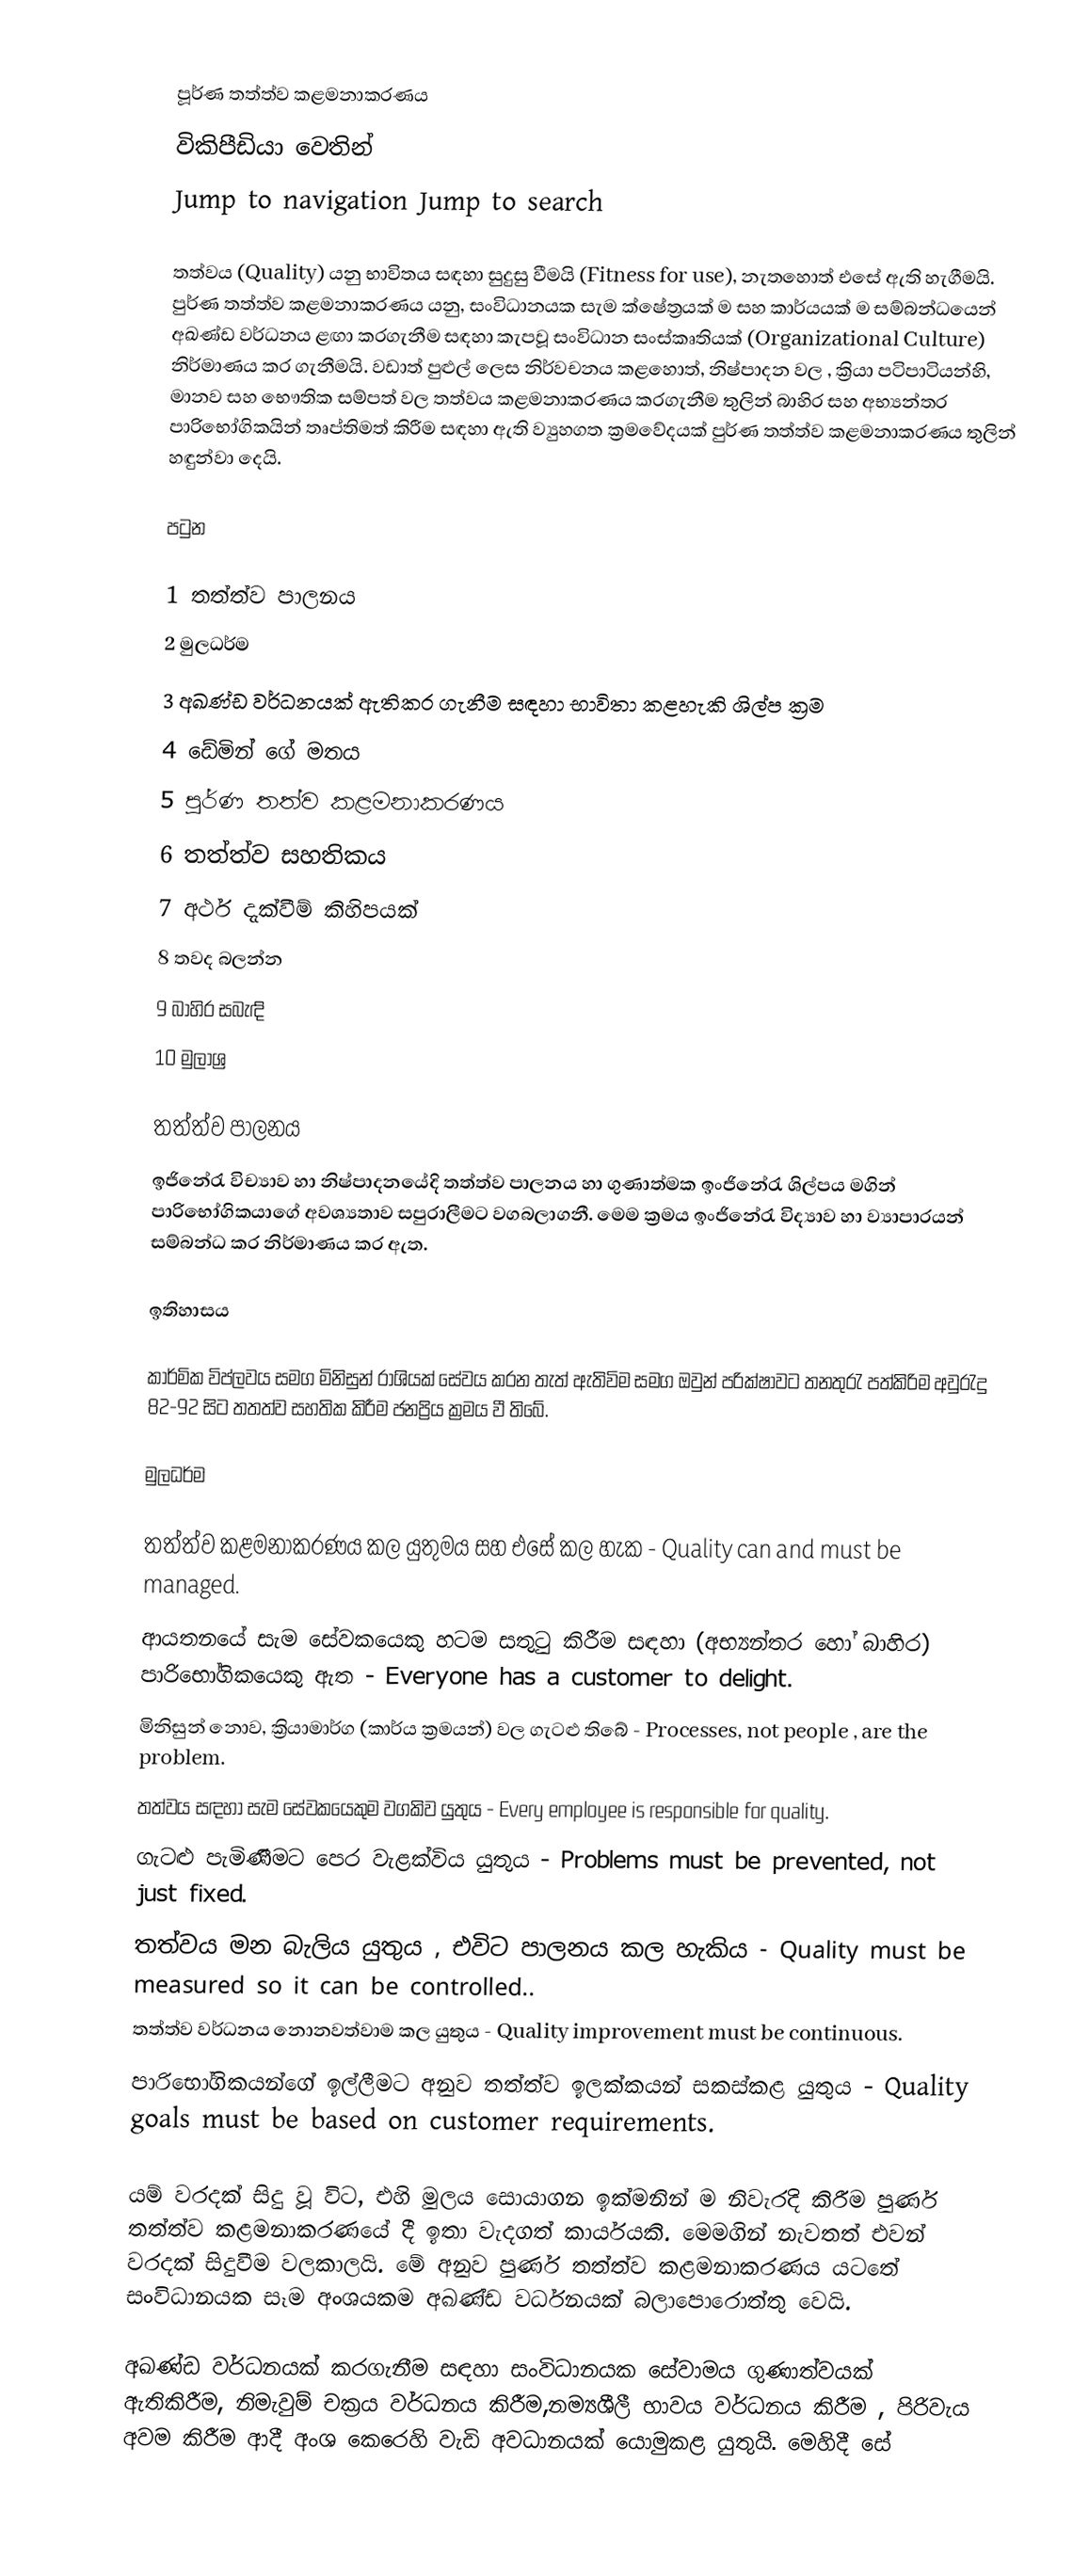

පූර්ණ තත්ත්ව කළමනාකරණය
විකිපීඩියා වෙතින්
Jump to navigation		Jump to search

තත්වය (Quality) යනු භාවිතය සඳහා සුදුසු වීමයි (Fitness for use), නැතහොත් එසේ ඇති හැගීමයි. පුර්ණ තත්ත්ව කළමනාකරණය යනු, සංවිධානයක සැම ක්ෂේත්‍රයක් ම සහ කාර්යයක් ම සම්බන්ධයෙන් අඛණ්ඩ වර්ධනය ළඟා කරගැනීම සඳහා කැපවූ සංවිධාන සංස්කෘතියක් (Organizational Culture) නිර්මාණය කර ගැනීමයි. වඩාත් පුළුල් ලෙස නිර්වචනය කළහොත්, නිෂ්පාදන වල , ක්‍රියා පටිපාටියන්හි,  මානව සහ භෞතික සම්පත් වල තත්වය කළමනාකරණය කරගැනීම තුලින් බාහිර සහ අභ්‍යන්තර පාරිභෝගිකයින් තෘප්තිමත් කිරීම සඳහා ඇති ව්‍යුහගත ක්‍රමවේදයක් පුර්ණ තත්ත්ව කළමනාකරණය තුලින් හඳුන්වා දෙයි.

පටුන

 1 තත්ත්ව පාලනය
 2 මුලධර්ම
 3 අඛණ්ඩ වර්ධනයක් ඇතිකර ගැනීම සඳහා භාවිතා කළහැකි ශිල්ප ක්‍රම
 4 ඩේමින් ගේ මතය
 5 පුර්ණ තත්ව කළමනාකරණය
 6 තත්ත්ව සහතිකය
 7 අර්ථ දැක්වීම් කිහිපයක්
 8 තවද බලන්න
 9 බාහිර සබැඳි
 10 මුලාශ්‍ර

තත්ත්ව පාලනය
ඉජිනේරැ විච්‍යාව හා නිෂ්පාදනයේදි තත්ත්ව පාලනය හා ගුණාත්මක ඉංජිනේරැ ශිල්පය මගින් පාරිභෝගිකයාගේ අවශ්‍යතාව සපුරාලීමට වගබලාගනී. මෙම ක්‍රමය ඉංජිනේරැ විද්‍යාව හා ව්‍යාපාරයන් සම්බන්ධ කර නිර්මාණය කර ඇත.

ඉතිහාසය

කාර්මික විප්ලවය සමග මිනිසුන් රාශියක් සේවය කරන තැත් ඇතිවිම සමග ඔවුන් පරික්ෂාවට තනතුරැ පත්කිරිම අවුරැදු 82-92 සිට තතත්ව සහතික කිරීම ජනප්‍රිය ක්‍රමය වී තිබේ.

මුලධර්ම

 තත්ත්ව කළමනාකරණය කල යුතුමය සහ එසේ කල හැක - Quality can and must be managed.
 ආයතනයේ සැම සේවකයෙකු හටම සතුටු කිරීම සඳහා (අභ්‍යන්තර හෝ බාහිර) පාරිභෝගිකයෙකු ඇත - Everyone has a customer to delight.
 මිනිසුන් නොව, ක්‍රියාමාර්ග (කාර්ය ක්‍රමයන්) වල ගැටළු තිබේ - Processes, not people , are the problem.
 තත්වය සඳහා සැම සේවකයෙකුම වගකිව යුතුය - Every employee is responsible for quality.
 ගැටළු පැමිණීමට පෙර වැළක්විය යුතුය - Problems must be prevented, not just fixed.
 තත්වය මන බැලිය යුතුය , එවිට පාලනය කල හැකිය - Quality must be measured so it can be controlled..
 තත්ත්ව වර්ධනය නොනවත්වාම කල යුතුය - Quality improvement must be continuous.
 පාරිභෝගිකයන්ගේ ඉල්ලීමට අනුව තත්ත්ව ඉලක්කයන් සකස්කළ යුතුය - Quality goals must be based on customer requirements.

යම් වරදක් සිදු වූ විට, එහි මුලය සොයාගන ඉක්මනින් ම නිවැරදි කිරීම පුර්ණ තත්ත්ව කළමනාකරණයේ දී ඉතා වැදගත් කාර්යයකි. මෙමගින් නැවතත් එවන් වරදක් සිදුවීම වලකාලයි. මේ අනුව පුර්ණ තත්ත්ව කළමනාකරණය යටතේ සංවිධානයක සෑම අංශයකම අඛණ්ඩ වර්ධනයක් බලාපොරොත්තු වෙයි.

අඛණ්ඩ වර්ධනයක් කරගැනීම සඳහා සංවිධානයක සේවාමය ගුණාත්වයක් ඇතිකිරීම, නිමැවුම් චක්‍රය වර්ධනය කිරීම,නම්‍යශීලී භාවය වර්ධනය කිරීම , පිරිවැය අවම කිරීම ආදී අංශ කෙරෙහි වැඩි අවධානයක් යොමුකළ යුතුයි. මෙහිදී සේ